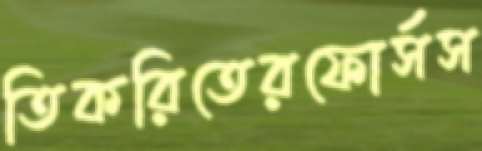
তিকরিতেরফোর্সস